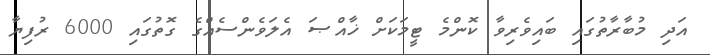
އަދި މުބާރާތުގައި ބައިވެރިވާ ކޮންމެ ޓީމަކަށް ޚާއްޞަ އެލަވެންސެއްގެ ގޮތުގައި 6000 ރުފިޔާ